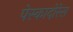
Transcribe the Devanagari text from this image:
पेस्कादोरेस